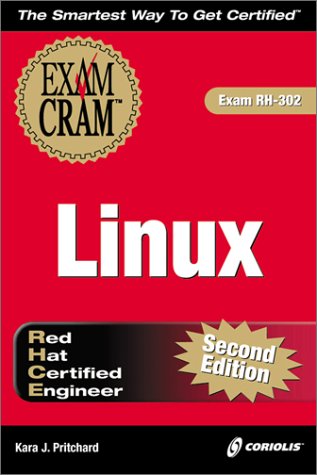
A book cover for RHCE Linux Exam Cram, 2e (Exam: RH-302); Kara J. Pritchard; Computers & Technology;